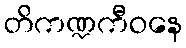
တိကဏ္ဍကီဝနေ